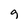
Character: g